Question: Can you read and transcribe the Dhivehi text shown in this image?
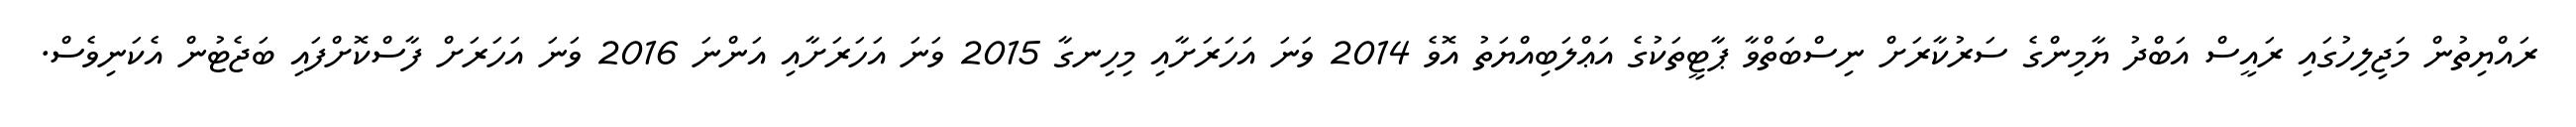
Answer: ރައްޔިތުން މަޖިލިހުގައި ރައީސް އަބްދު ޔާމިންގެ ސަރުކާރަށް ނިސްބަތްވާ ޕާޓީތަކުގެ އަޢްލަބިއްޔަތު އޮވެ 2014 ވަނަ އަހަރަށާއި މިހިނގާ 2015 ވަނަ އަހަރަށާއި އަންނަ 2016 ވަނަ އަހަރަށް ފާސްކޮށްފައި ބަޖެޓުން އެކަނިވެސް.